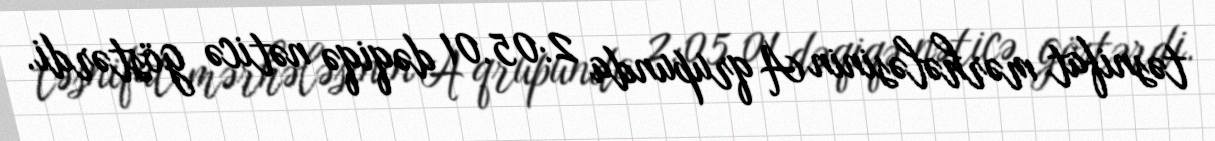
təsnifat mərhələsinin A qrupunda 2:05.01 dəqiqə nəticə göstərdi.